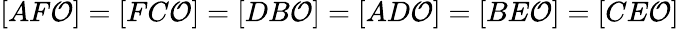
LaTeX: [AF\mathcal{O}]=[FC\mathcal{O}]=[DB\mathcal{O}]=[AD\mathcal{O}]=[BE\mathcal{O}]=[CE\mathcal{O}]